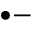
^ { \bullet - }